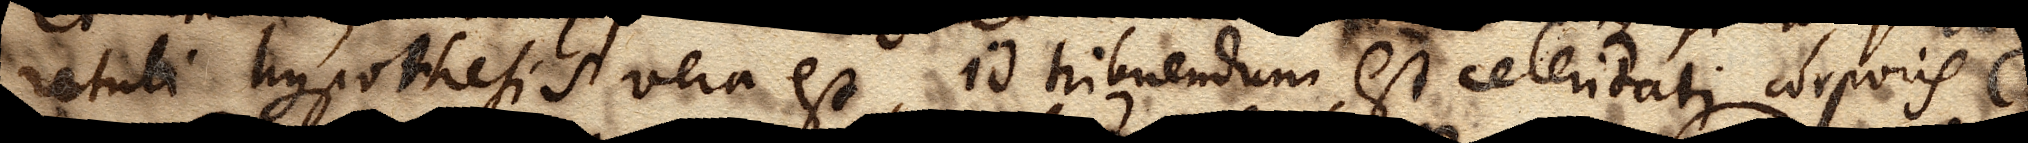
retuli hypothesis vera est, id tribuendum est celeritati corporis C.